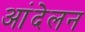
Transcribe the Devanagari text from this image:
आंदेलन